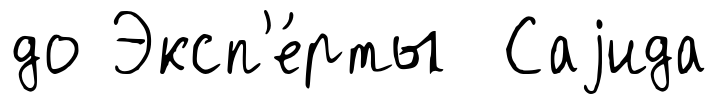
до Эксп'е́рты Саjида